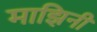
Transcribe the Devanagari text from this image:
माझिनी